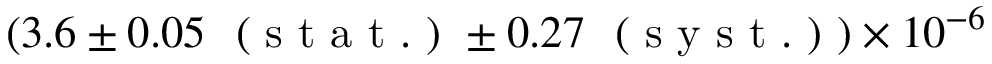
( 3 . 6 \pm 0 . 0 5 ~ \mathrm { ~ ( ~ s ~ t ~ a ~ t ~ . ~ ) ~ } \pm 0 . 2 7 ~ \mathrm { ~ ( ~ s ~ y ~ s ~ t ~ . ~ ) ~ } ) \times 1 0 ^ { - 6 }